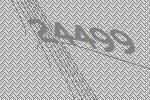
24499